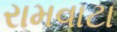
રામવાટા